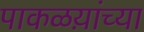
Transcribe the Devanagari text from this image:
पाकळय़ांच्या